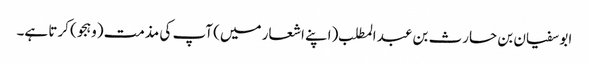
ابو سفیان بن حارث بن عبد المطلب (اپنے اشعار میں) آپ کی مذمت (وہجو) کرتا ہے۔